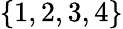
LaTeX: \{ 1,2,3,4\}